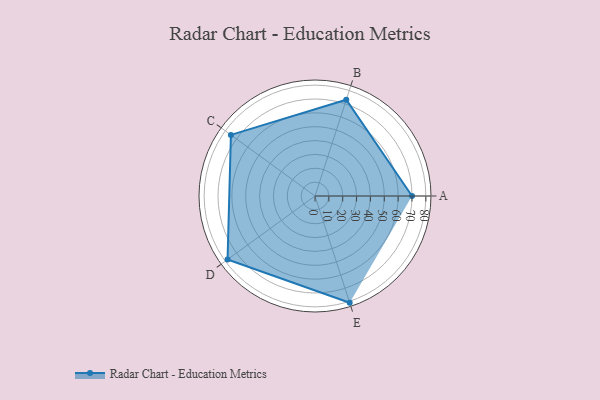
{"axis": {"x": "Skill", "y": "Score"}, "legend": ["Profile"], "data": [{"x": "A", "y": 70.0, "type": "Profile"}, {"x": "B", "y": 73.0, "type": "Profile"}, {"x": "C", "y": 75.0, "type": "Profile"}, {"x": "D", "y": 78.0, "type": "Profile"}, {"x": "E", "y": 81.0, "type": "Profile"}]}